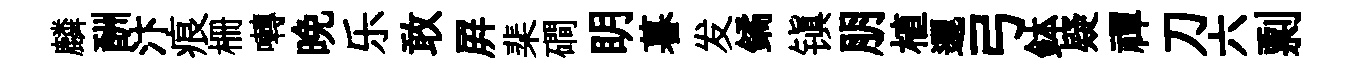
麟酬汴痕栅囀晚乐敢屛棐磵眀暮发鐍镇朋植邐弓鉢疑禪刀六剽